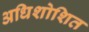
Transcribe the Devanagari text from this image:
अधिशोशित